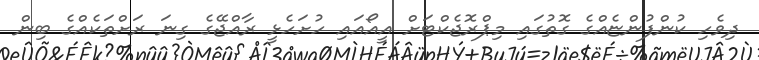
ދިވެހި ކުންފުންޏެއްގެ ގޮތުގައި މިޕްރޮޖެކްޓަށް އީއޯއައި ހުށަހެޅީ ރާއްޖޭގެ ގިނަ ރަށްތަކެއްގެ ބިން